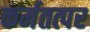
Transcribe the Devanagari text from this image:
कर्मतत्पर